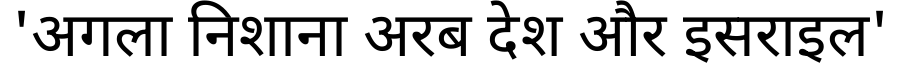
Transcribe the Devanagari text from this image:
'अगला निशाना अरब देश और इसराइल'